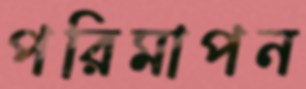
পরিমাপন